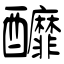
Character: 醾